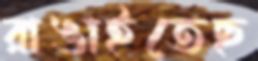
রাঙাইতেছ